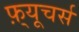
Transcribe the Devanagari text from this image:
फ़्यूचर्स